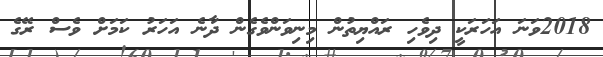
2018ވަނަ އަހަރަކީ ދިވެހި ރައްޔިތުން މިނިވަންވެގެން ދާނެ އަހަރު ކަމަށް ވެސް ރޭގެ